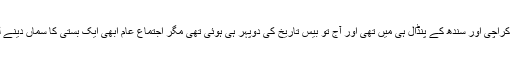
ابھی تو کراچی اور سندھ کے پنڈال ہی میں تھی اور آج تو بیس تاریخ کی دوپہر ہی ہوئی تھی مگر اجتماع عام ابھی ایک بستی کا سماں دینے لگا تھا ۔